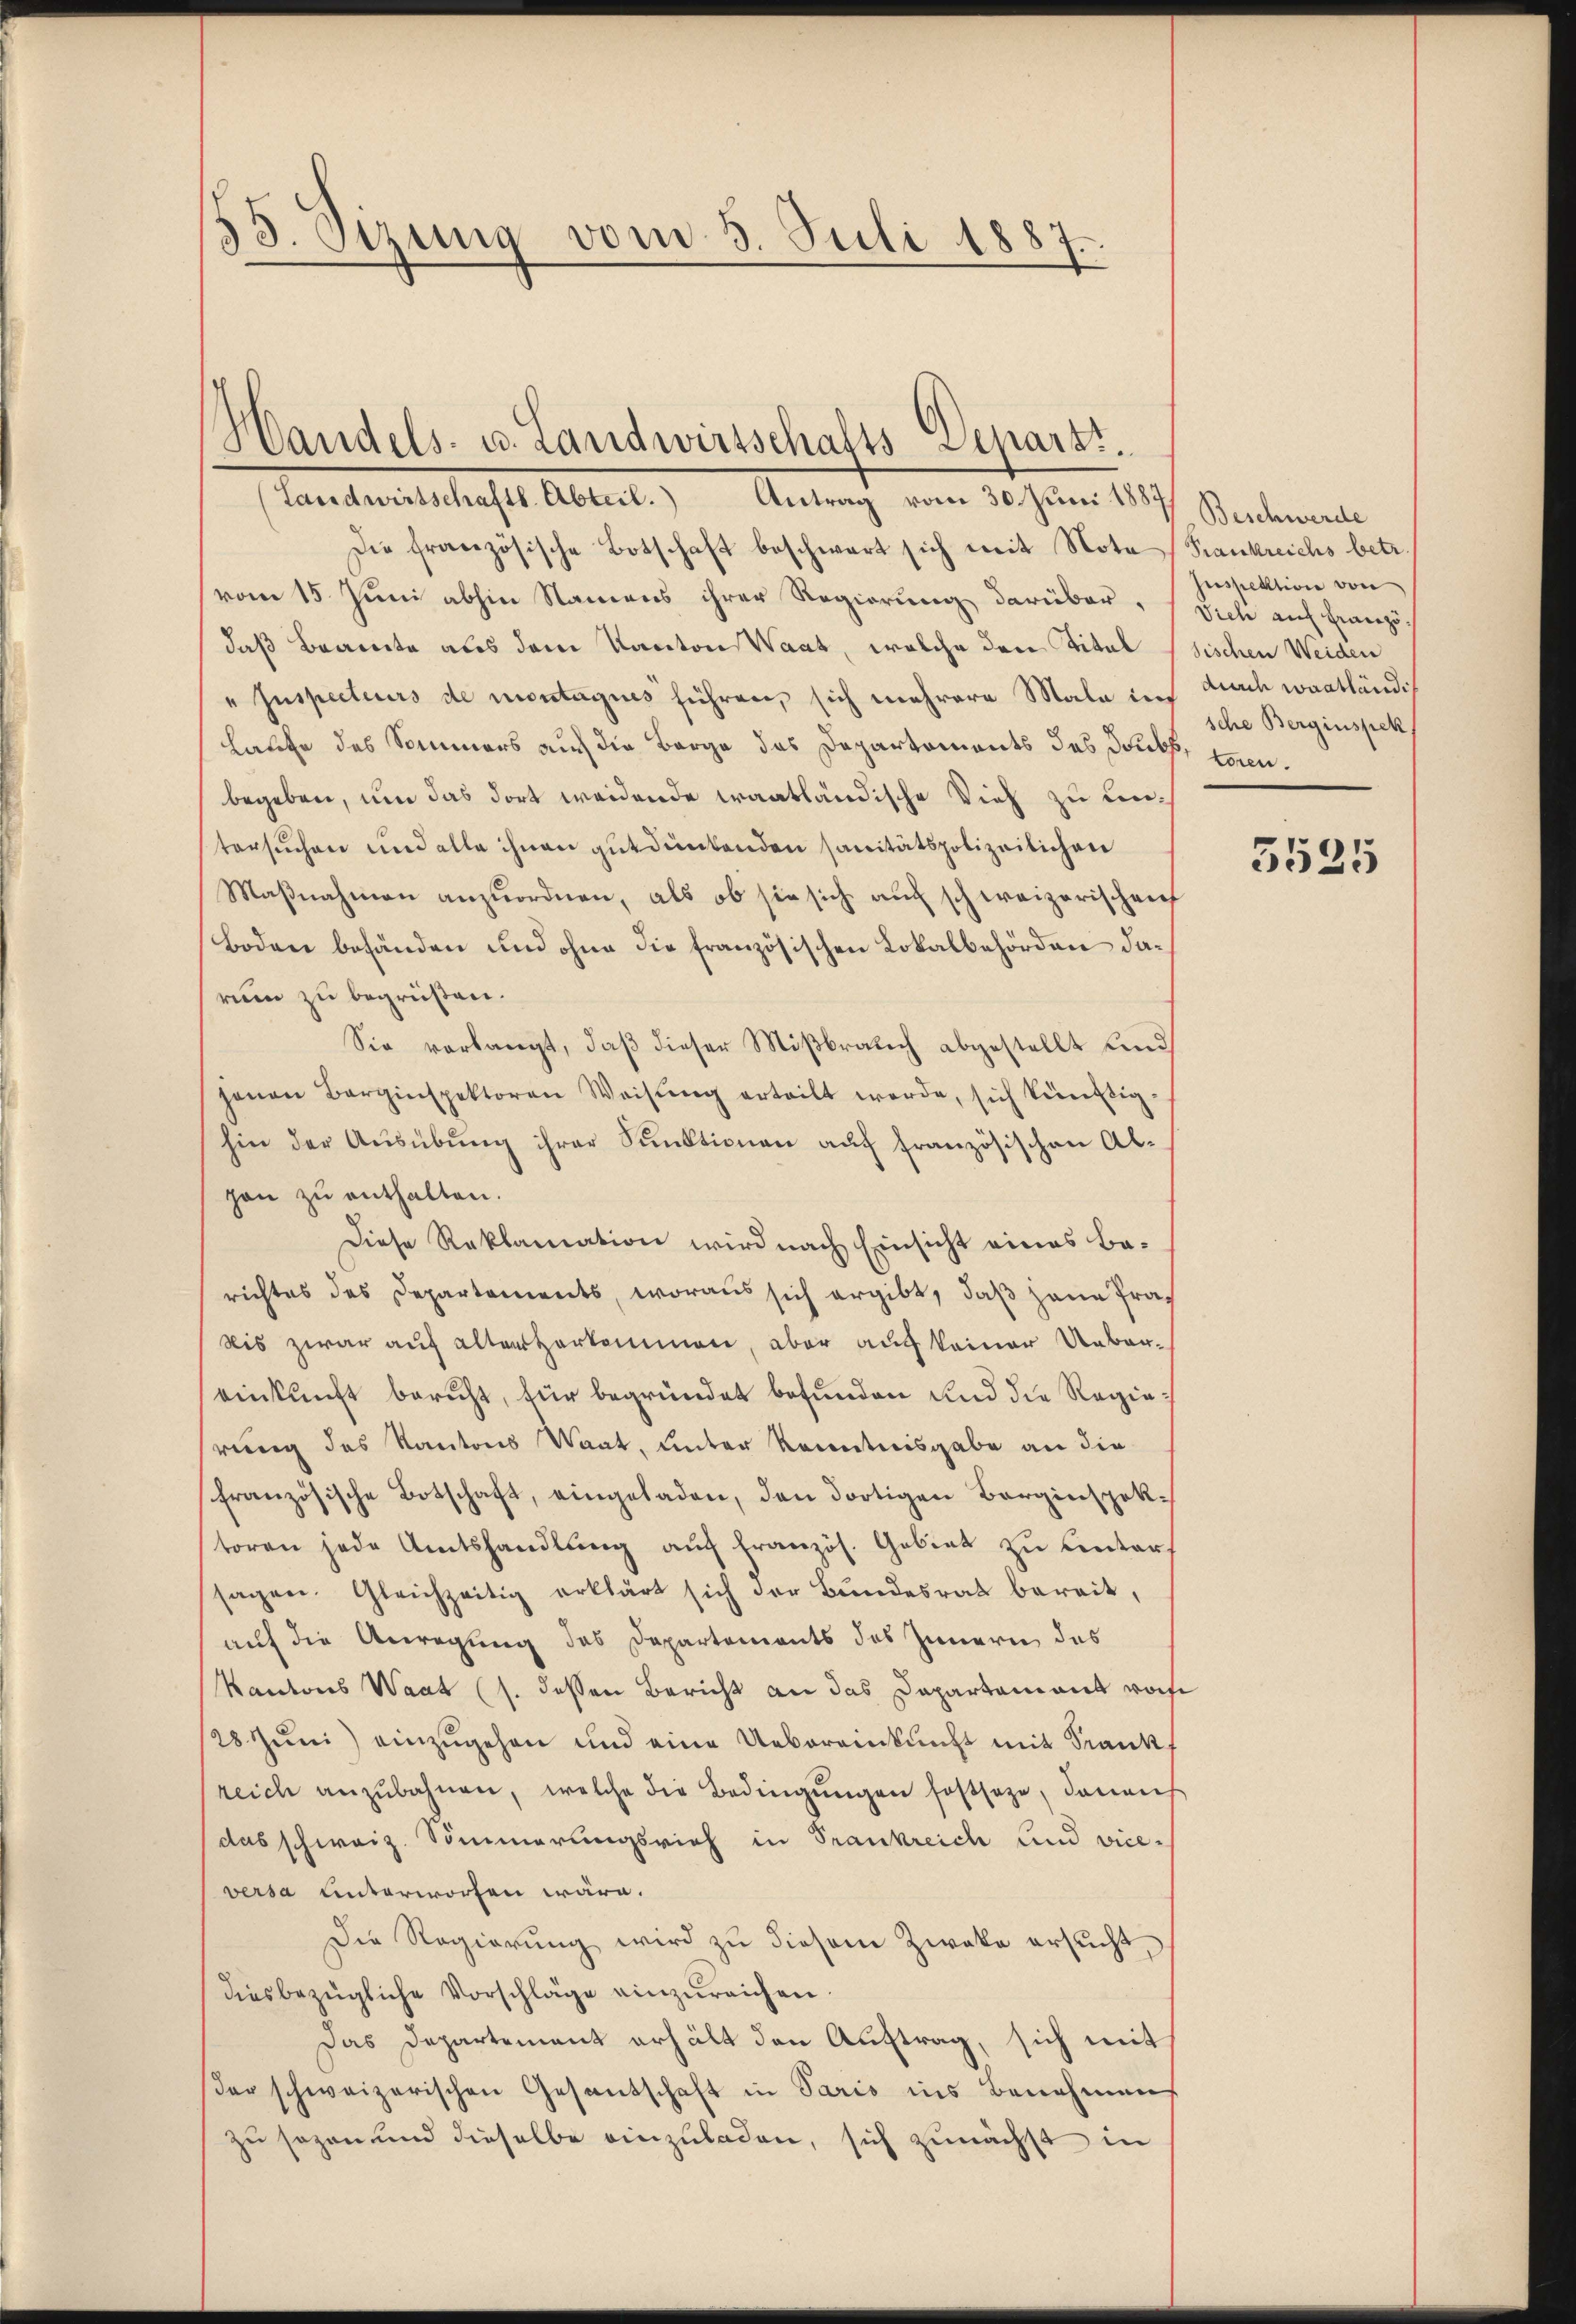
53. Sizung vom 5. Juli 1887.

(Landwirtschaftl. Abteil. Antrag vom 30. Juni 1887.
Die französische Botschaft beschwart sich mit Nota (Frankreichs betr.
vom 15. Juni abhin Namens ihrer Regierung darüber,
daß Beamte aus dem Kanton Waat, welche der Titel
" Inspecteurs de montagues führen, sich mehrere Male in
Laufe des Sommers auch die Berge des Departements des Dubs, konnbegeben, um das dort weidende Fraatländische Vieh zu untersuchen und alle ihnen gutdünkenden sanitätspolizeilichen
Maßnahmen anzuordnen, als ob sie sich auch schweizerischenf
Boden befänden und ohne die französischen Lokalbehörden darum zu begrüßen.
Sie verlangt, daß dieser Mißbrauch abgestellt und
jenen Barginspektoren Weisŭng erteilt werde, sich künftig-
hin der Aŭsübŭng ihrer Sanktionen aŭf französischen Al-
gan zŭ enthalten.
Diese Reklamation wird nach Einsicht eines Berichtes des Departements, woraus sich ergibt, daß jene Prabis zwar auf alten herkommen, aber auf keiner Uebereinkunft bericht, für begründet befunden und die Regierung des Kantons Waat, unter Kenntnisgabe an die
französische Botschaft, eingeladen, den dortigen Borginspektoren jede Amtshandlung auf Französ. Gebiet zu Einterf
sagen. Gleichzeitig erklärt sich der Bundesrat bereit,
auf die Anregung des Departements des Innern des
Kantons Waat (s. dessen Bericht an das Dapartement woh
128. Juni einzugehen und eine Uebereinkunft mit Frankt
reich anzŭbahnen, welche die Bedingŭngen festsage, darauf
das schweiz. Sommerungsrich in Frankreich und vice-
versa unterworfen wäre.
Die Regierung wird zu diesem Zweke ersucht,
diesbezügliche Vorschläge einzureichen.
Das Departement erhält den Auftrag, sich mit
ser schweizerischen Gesandschaft in Paris ins Benehmen
zu sogen und dieselbe einzuladen, sich zunächst in

Handels- u. Landwirtschafts Separt.

Beschwerde
suspektion von
Vieh auf Franzö
sischen Weiden
dnach Waadtländig
sche Berginspek

5525